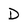
Character: D